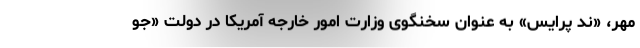
مهر، «ند پرایس» به عنوان سخنگوی وزارت‌ امور خارجه آمریکا در دولت «جو